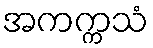
အကက္ကသံ